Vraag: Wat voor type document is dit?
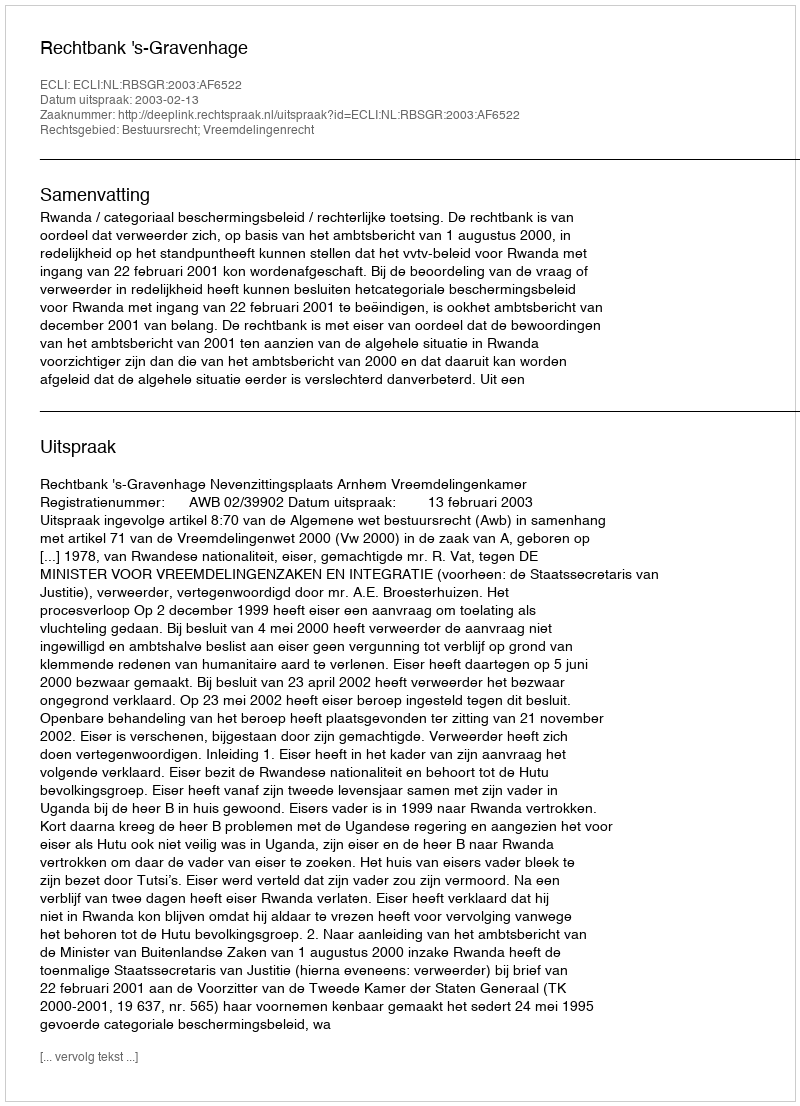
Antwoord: Uitspraak